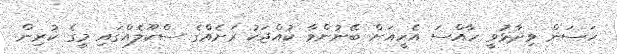
ހަސަން ވިދާޅުވީ ހާއްސަ އެހީއަށް ބޭނުންވާ ކުއްޖަކު ރަށެއްގެ ސްކޫލެއްގައި މީގެ ކުރިން